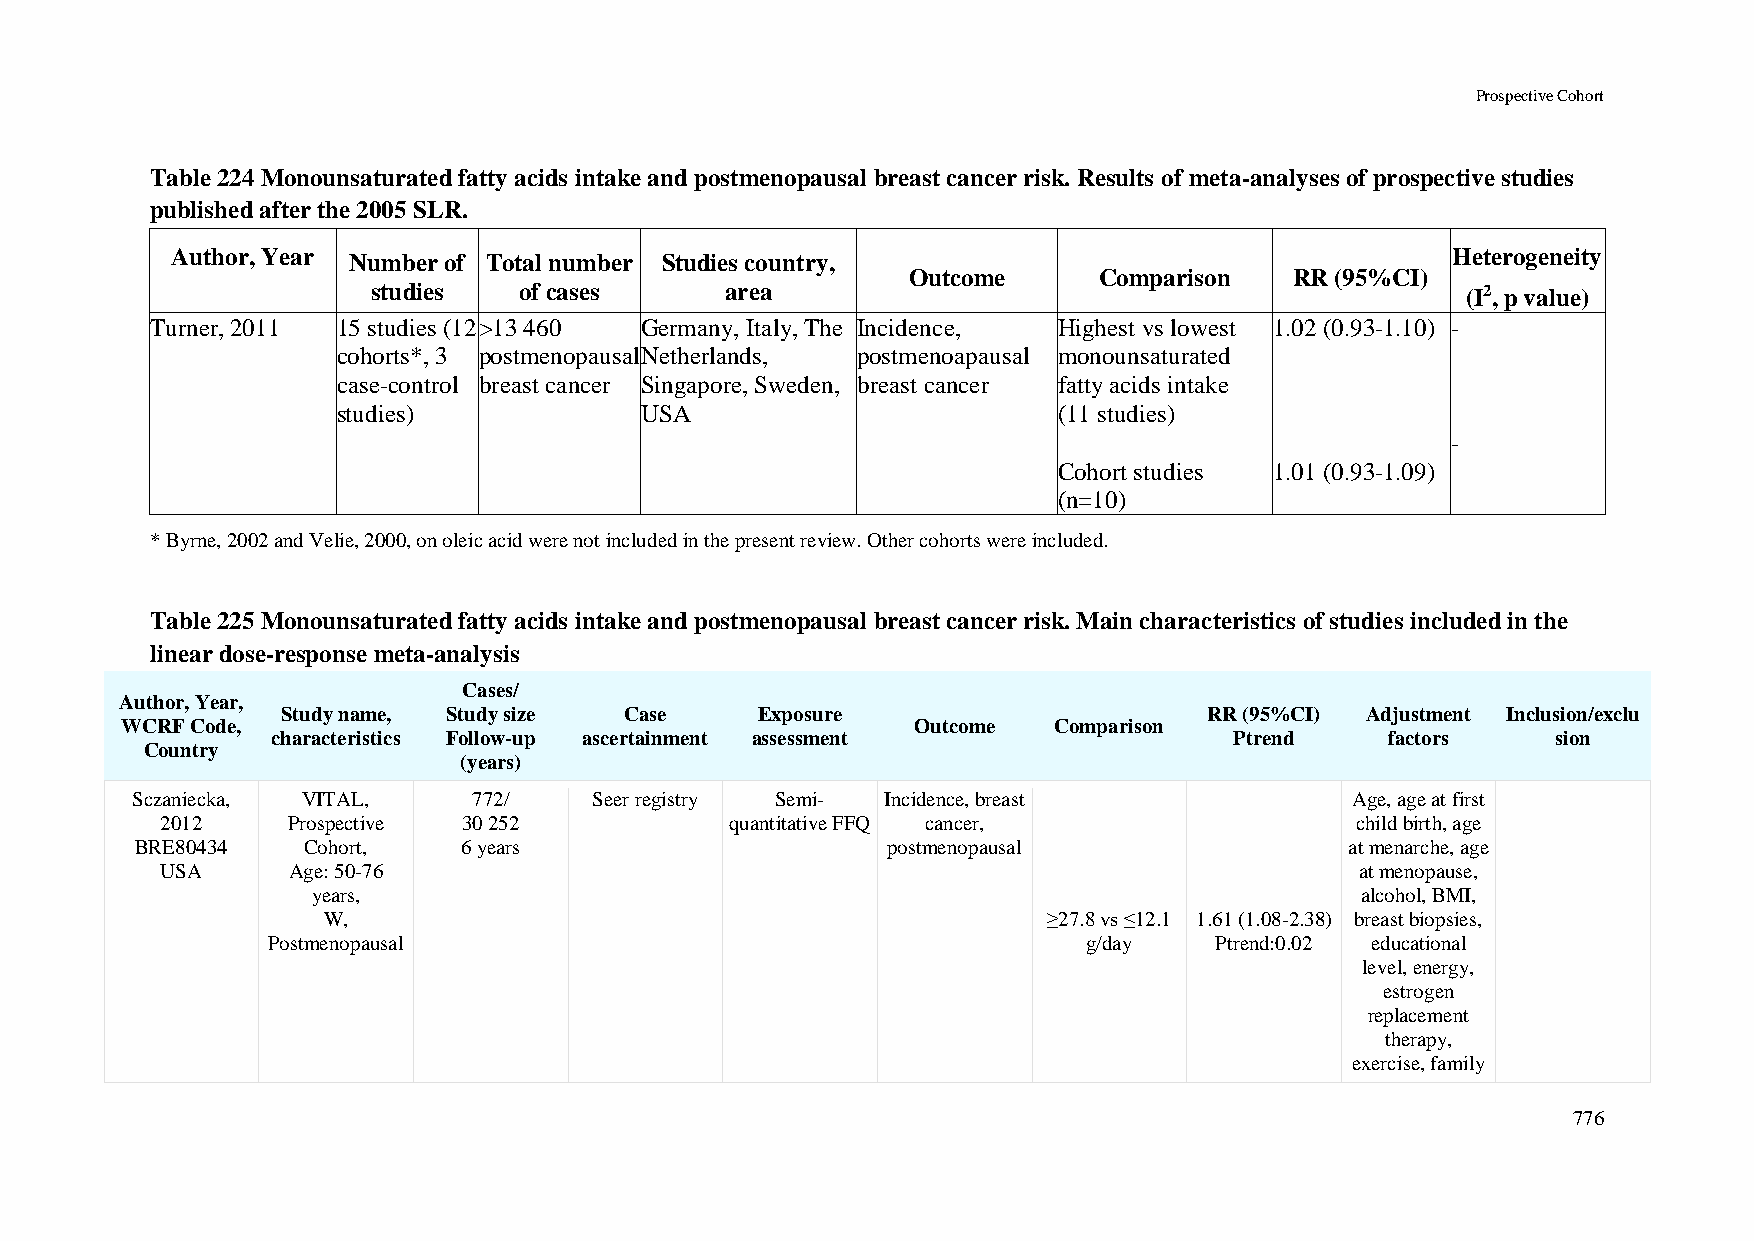
Prospective Cohort
 Table 224 Monounsaturated fatty acids intake and postmenopausal breast cancer risk. Results of meta-analyses of prospective studies
 published after the 2005 SLR.
 Author, Year Number of Total number Studies country,                                 Heterogeneity
 Outcome      Comparison   RR (95%CI)
 studies  of cases      area                                             (I2, p value)
 Turner, 2011 15 studies (12 >13 460 Germany, Italy, The Incidence, Highest vs lowest 1.02 (0.93-1.10) -
 cohorts*, 3 postmenopausal Netherlands, postmenoapausal monounsaturated
 case-control breast cancer Singapore, Sweden, breast cancer fatty acids intake
 studies)            USA                         (11 studies)
 -
 Cohort studies 1.01 (0.93-1.09)
 (n=10)
 * Byrne, 2002 and Velie, 2000, on oleic acid were not included in the present review. Other cohorts were included.
 Table 225 Monounsaturated fatty acids intake and postmenopausal breast cancer risk. Main characteristics of studies included in the
 linear dose-response meta-analysis
 Cases/
 Author, Year,
 Study name, Study size Case    Exposure                      RR (95%CI) Adjustment Inclusion/exclu
 WCRF Code,                                           Outcome  Comparison
 characteristics Follow-up ascertainment assessment              Ptrend    factors    sion
 Country
 (years)
 Sczaniecka, VITAL,    772/    Seer registry Semi- Incidence, breast              Age, age at first
 2012    Prospective 30 252           quantitative FFQ cancer,                  child birth, age
 BRE80434   Cohort,    6 years                     postmenopausal                at menarche, age
 USA     Age: 50-76                                                             at menopause,
 years,                                                               alcohol, BMI,
 W,                                              ≥27.8 vs ≤12.1 1.61 (1.08-2.38) breast biopsies,
 Postmenopausal                                        g/day   Ptrend:0.02 educational
 level, energy,
 estrogen
 replacement
 therapy,
 exercise, family
 776